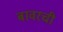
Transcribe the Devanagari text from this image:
बावरची